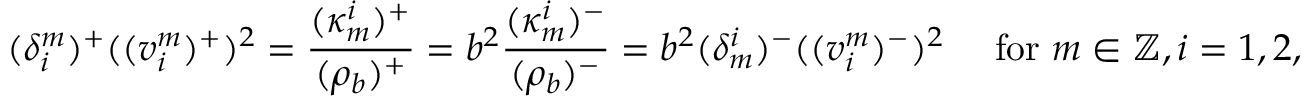
( \delta _ { i } ^ { m } ) ^ { + } ( ( v _ { i } ^ { m } ) ^ { + } ) ^ { 2 } = \frac { ( \kappa _ { m } ^ { i } ) ^ { + } } { ( \rho _ { b } ) ^ { + } } = b ^ { 2 } \frac { ( \kappa _ { m } ^ { i } ) ^ { - } } { ( \rho _ { b } ) ^ { - } } = b ^ { 2 } ( \delta _ { m } ^ { i } ) ^ { - } ( ( v _ { i } ^ { m } ) ^ { - } ) ^ { 2 } \quad \mathrm { ~ f o r ~ } m \in \mathbb { Z } , i = 1 , 2 ,